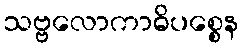
သဗ္ဗလောကာဓိပစ္စေန